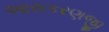
આસકરણજી